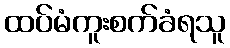
ထပ်မံကူးစက်ခံရသူ